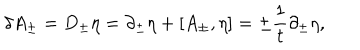
\delta A _ { \pm } = D _ { \pm } \eta = \partial _ { \pm } \eta + [ A _ { \pm } , \eta ] = \pm { \frac { 1 } { t } } \partial _ { \pm } \eta ,